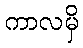
ကာလမှိ